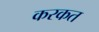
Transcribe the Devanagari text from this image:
करकत